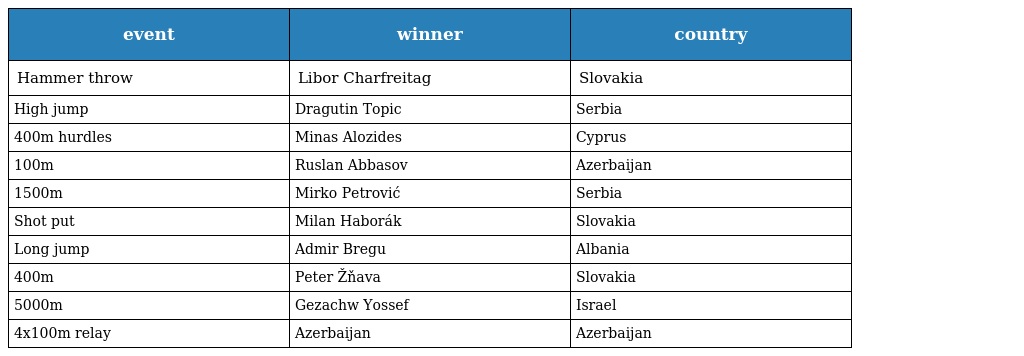
| event | winner | country |
 | --- | --- | --- |
 | Hammer throw | Libor Charfreitag | Slovakia |
 | High jump | Dragutin Topic | Serbia |
 | 400m hurdles | Minas Alozides | Cyprus |
 | 100m | Ruslan Abbasov | Azerbaijan |
 | 1500m | Mirko Petrović | Serbia |
 | Shot put | Milan Haborák | Slovakia |
 | Long jump | Admir Bregu | Albania |
 | 400m | Peter Žňava | Slovakia |
 | 5000m | Gezachw Yossef | Israel |
 | 4x100m relay | Azerbaijan | Azerbaijan |